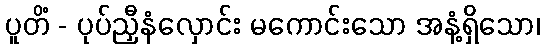
ပူတိံ - ပုပ်ညှီနံလှောင်း မကောင်းသော အနံ့ရှိသော၊